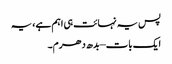
پس یہ نہائت ہی اہم ہے، یہ
ایک بات – بدھ دھرم۔